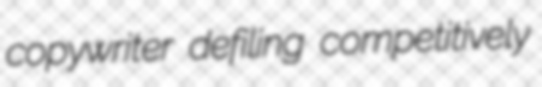
copywriter defiling competitively